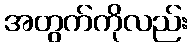
အတွက်ကိုလည်း